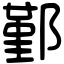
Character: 鄞